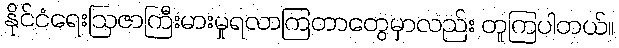
နိုင်ငံရေးဩဇာကြီးမားမှုရလာကြတာတွေမှာလည်း တူကြပါတယ်။